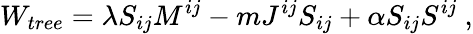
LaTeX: W_{tree}=\lambda S_{ij}M^{ij}-mJ^{ij}S_{ij}+\alpha S_{ij}S^{ij}\ ,